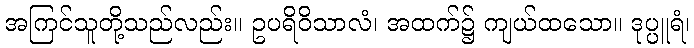
အကြင်သူတို့သည်လည်း။ ဥပရိဝိသာလံ၊ အထက်၌ ကျယ်ထသော။ ဒုပ္ပူရံ၊